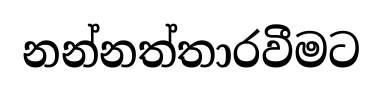
නන්නත්තාරවීමට